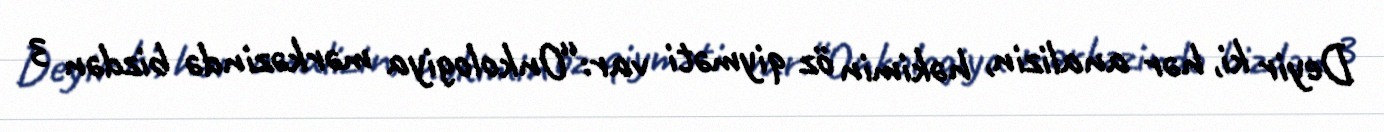
Deyir ki, hər analizin, həkimin öz qiyməti var:“Onkologiya mərkəzində bizdən 3